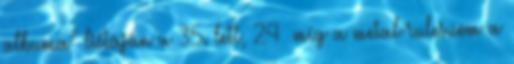
albuma” listáján a 35. lett, 24 míg a metal-rules.com a